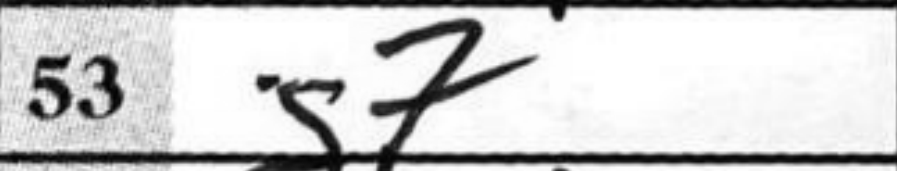
Transcription: g7